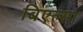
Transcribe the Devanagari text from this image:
बिएल्सा